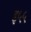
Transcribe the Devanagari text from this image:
इ५५